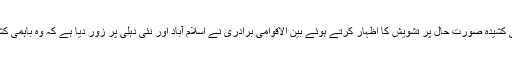
جنوبی ایشیا کے دو جوہری ملکوں کے مابین انتہائی کشیدہ صورتِ حال پر تشویش کا اظہار کرتے ہوئے بین الاقوامی برادری نے اسلام آباد اور نئی دہلی پر زور دیا ہے کہ وہ باہمی کشیدگی کو کم کرنے کے لیے تحمل کا مظاہرہ کریں۔